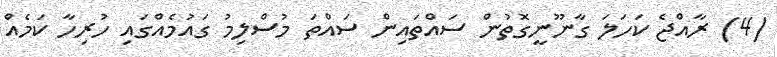
(4) ރާއްޖެ ކަހަލަ ގާނޫނީގޮތުން ސައްތައިން ސައްތަ މުސްލިމު ގައުމެއްގައި ހުރިހާ ކަމެއް